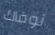
نوفاك